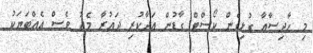
މި ހާދިސާއާ ގުޅިގެން ކޯސްޓް ގާޑުން އަދާކުރި ދައުރާ މެދު ވެސް އެއްބަޔަކު